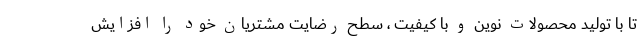
تا با تولید محصولات نوین و با کیفیت ، سطح رضایت مشتریان خود را افزایش